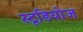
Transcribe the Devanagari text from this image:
स्‍टूडियोज